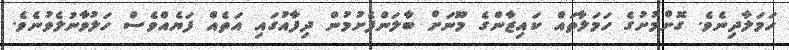
ހަމަލާދިނެވެ. ގޮށްމުށުގެ ހަމަލާތައް ކައިޒާންގެ މޫނަށް ބާލަންފެށުމުން ދިފާއުގައި އަތެއް ފަޔެއްވެސް ހަލުވާނުލެވުނެވެ.